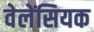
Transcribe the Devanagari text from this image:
वेलेंसियक